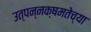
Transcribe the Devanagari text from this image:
उत्पन्नक्षमतेच्या